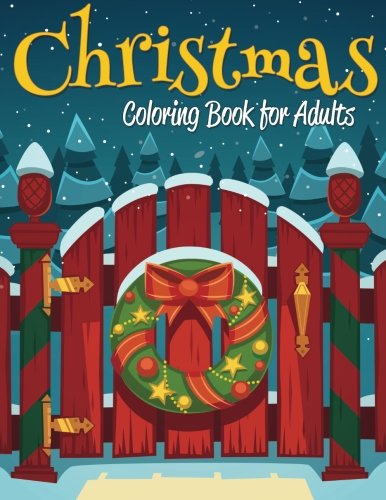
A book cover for Christmas Coloring Book for Adults; Celeste von Albrecht; Arts & Photography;